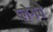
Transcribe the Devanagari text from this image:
प्लेगचे